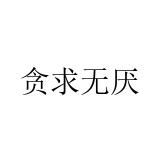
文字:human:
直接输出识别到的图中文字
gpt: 贪求无厌